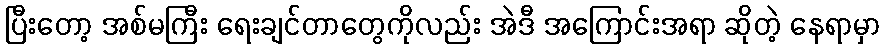
ပြီးတော့ အစ်မကြီး ရေးချင်တာတွေကိုလည်း အဲဒီ အကြောင်းအရာ ဆိုတဲ့ နေရာမှာ